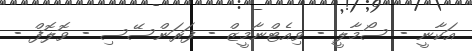
އަކާނީ - ސޯމާލީ - ވިއެޓްނާމީޒް - ފަރަންސޭސި - ވޮލޮފް -